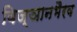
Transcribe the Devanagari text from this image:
विज्ञानभैरव